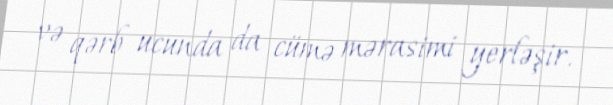
və qərb ucunda da cümə mərasimi yerləşir.